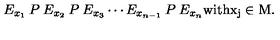
E _ { x _ { 1 } } \: P \: E _ { x _ { 2 } } \: P \: E _ { x _ { 3 } } \cdots E _ { x _ { n - 1 } } \: P \: E _ { x _ { n } } { \mathrm { w i t h x _ j \in M . } }